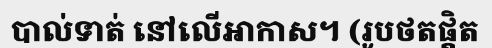
បាល់ទាត់ នៅលើអាកាស។ (រូបថតផ្តិត